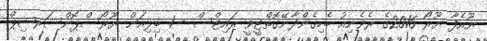
ޔޫއެފާ ޔޫރޯ 2016ގެ ރެވެނިއު ބެހިގެންދާނޭގޮތްޓީވީ ރައިޓްސް - 1 ބިލިއަން ޔޫރޯސްޕޮންސަރޝިޕް